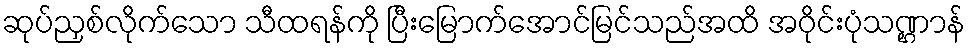
ဆုပ်ညှစ်လိုက်သော သီထရန်ကို ပြီးမြောက်အောင်မြင်သည်အထိ အဝိုင်းပုံသဏ္ဌာန်